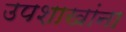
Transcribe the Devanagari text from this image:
उपशाखांना